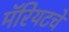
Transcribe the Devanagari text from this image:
मॅरियटचे